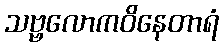
သဗ္ဗလောကဝိနေတာရံ